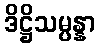
ဒိဋ္ဌိသမ္ပန္နာ